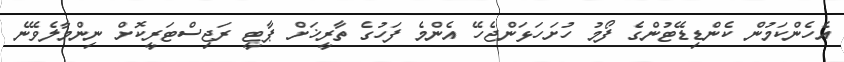
އެހެންކަމުން ކެންޑިޑޭޓުންގެ ފޯމު ހުށަހަޅަންޖެހޭ އެންމެ ފަހުގެ ތާރީޚަށް ޕާޓީ ރަޖިސްޓަރީކޮށް ނިންމާލެވޭނެ